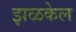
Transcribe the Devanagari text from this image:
झळकेल